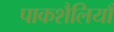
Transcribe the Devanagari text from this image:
पाकशैलियाँ